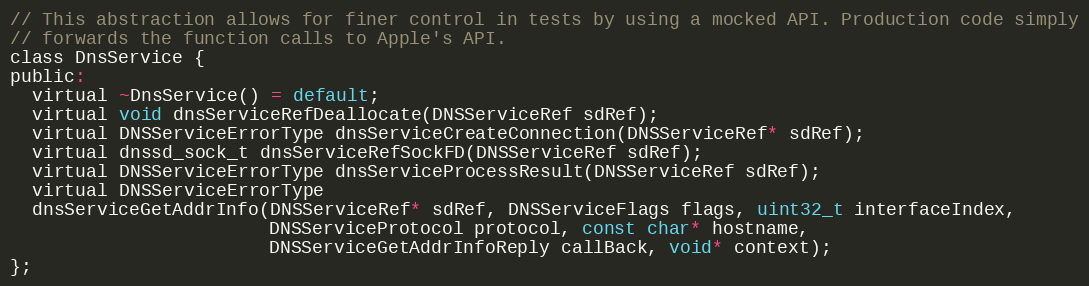
Language: C
// This abstraction allows for finer control in tests by using a mocked API. Production code simply
// forwards the function calls to Apple's API.
class DnsService {
public:
  virtual ~DnsService() = default;
  virtual void dnsServiceRefDeallocate(DNSServiceRef sdRef);
  virtual DNSServiceErrorType dnsServiceCreateConnection(DNSServiceRef* sdRef);
  virtual dnssd_sock_t dnsServiceRefSockFD(DNSServiceRef sdRef);
  virtual DNSServiceErrorType dnsServiceProcessResult(DNSServiceRef sdRef);
  virtual DNSServiceErrorType
  dnsServiceGetAddrInfo(DNSServiceRef* sdRef, DNSServiceFlags flags, uint32_t interfaceIndex,
                        DNSServiceProtocol protocol, const char* hostname,
                        DNSServiceGetAddrInfoReply callBack, void* context);
};